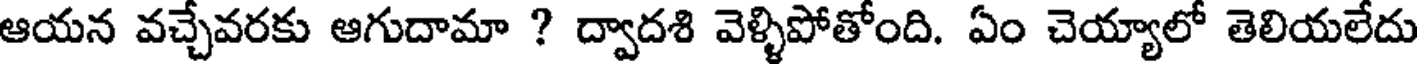
ఆయన వచ్చేవరకు ఆగుదామా ? ద్వాదశి వెళ్ళిపోతోంది. ఏం చెయ్యాలో తెలియలేదు